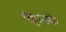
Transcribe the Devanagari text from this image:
चट्टानके